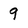
Character: 9